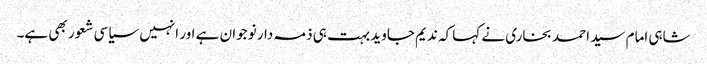
شاہی امام سید احمد بخاری نے کہا کہ ندیم جاوید بہت ہی ذمہ دار نوجوان ہے اور انہیں سیاسی شعور بھی ہے۔